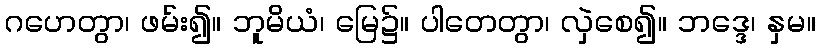
ဂဟေတွာ၊ ဖမ်း၍။ ဘူမိယံ၊ မြေ၌။ ပါတေတွာ၊ လှဲစေ၍။ ဘဒ္ဒေ၊ နှမ။